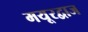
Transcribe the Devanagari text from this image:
मयूरद्वाज